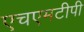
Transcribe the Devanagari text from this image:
एचएमटीपी